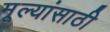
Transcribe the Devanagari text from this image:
मूल्यांसाठी